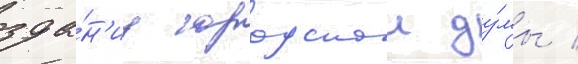
зда́н'иу городскои ду́мы /